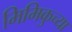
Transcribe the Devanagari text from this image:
मिमिकुच्या